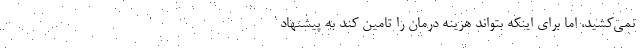
نمی‌کشید، اما برای اینکه بتواند هزینه درمان را تامین کند به پیشنهاد